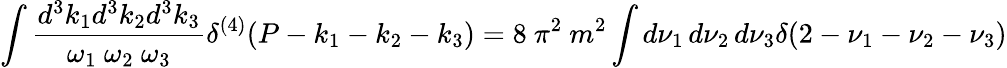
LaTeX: \int\frac{d^{3}k_{1}d^{3}k_{2}d^{3}k_{3}}{\omega_{1}\ \omega_{2}\ \omega_{3}}\delta^{(4)}(P-k_{1}-k_{2}-k_{3})=8\ \pi^{2}\ m^{2}\int d\nu_{1}\, d\nu_{2}\, d\nu_{3}\delta(2-\nu_{1}-\nu_{2}-\nu_{3})